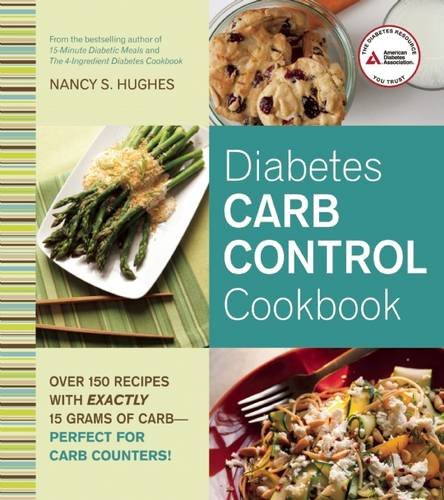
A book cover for Diabetes Carb Control Cookbook: Over 150 Recipes with Exactly 15 Grams of Carb EE Perfect for Carb Counters!; Nancy S. Hughes; Cookbooks, Food & Wine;